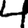
Digit: 4